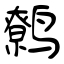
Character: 鹩